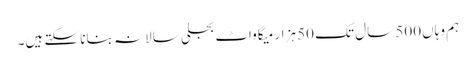
ہم وہاں 500 سال تک 50 ہزار میگاواٹ بجلی سالانہ بنانا سکتے ہیں۔